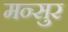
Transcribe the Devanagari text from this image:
मन्सुर